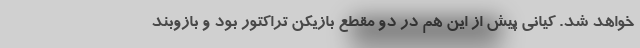
خواهد شد. کیانی پیش از این هم در دو مقطع بازیکن تراکتور بود و بازوبند